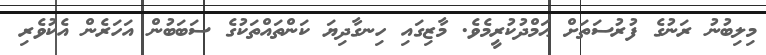
މިލިބުނު ރަނުގެ ފުރުސަތަށް ޙަމްދުކުރީމެވެ. މާޒިގައި ހިނގާދިޔަ ކަންތައްތަކުގެ ސަބަބުން އަހަރެން އެކުވެރި